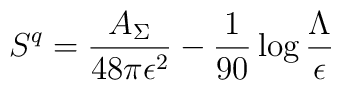
S^q={A_\Sigma \over 48\pi \epsilon^2}-{1 \over 90} \log {\Lambda \over\epsilon}